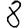
Digit: 8